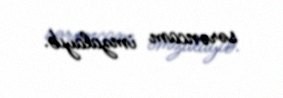
sərəncam imzalayıb.